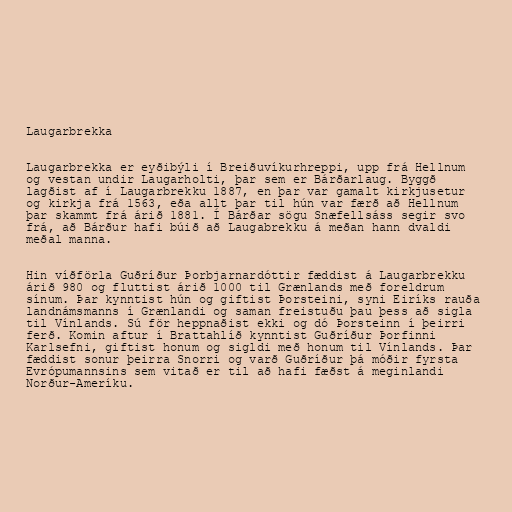
Laugarbrekka

Laugarbrekka er eyðibýli í Breiðuvíkurhreppi, upp frá Hellnum
og vestan undir Laugarholti, þar sem er Bárðarlaug. Byggð
lagðist af í Laugarbrekku 1887, en þar var gamalt kirkjusetur
og kirkja frá 1563, eða allt þar til hún var færð að Hellnum
þar skammt frá árið 1881. Í Bárðar sögu Snæfellsáss segir svo
frá, að Bárður hafi búið að Laugabrekku á meðan hann dvaldi
meðal manna.

Hin víðförla Guðríður Þorbjarnardóttir fæddist á Laugarbrekku
árið 980 og fluttist árið 1000 til Grænlands með foreldrum
sínum. Þar kynntist hún og giftist Þorsteini, syni Eiríks rauða
landnámsmanns í Grænlandi og saman freistuðu þau þess að sigla
til Vínlands. Sú för heppnaðist ekki og dó Þorsteinn í þeirri
ferð. Komin aftur í Brattahlíð kynntist Guðríður Þorfinni
Karlsefni, giftist honum og sigldi með honum til Vínlands. Þar
fæddist sonur þeirra Snorri og varð Guðríður þá móðir fyrsta
Evrópumannsins sem vitað er til að hafi fæðst á meginlandi
Norður-Ameríku.